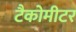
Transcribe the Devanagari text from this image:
टैकोमीटर